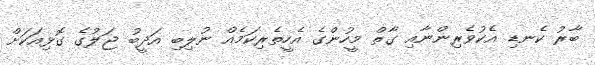
ބާރު ކެނޑި އެކުވެރިންނާއި ގާތް މީހުންގެ އެހީތެރިކަމެއް ނުލިބި އަދީބު ޖަލުގެ ގޮޅިއަކަށް